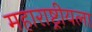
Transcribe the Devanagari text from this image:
महाराष्ट्रीयला